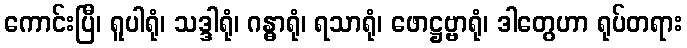
ကောင်းပြီ၊ ရူပါရုံ၊ သဒ္ဒါရုံ၊ ဂန္ဓာရုံ၊ ရသာရုံ၊ ဖောဋ္ဌဗ္ဗာရုံ၊ ဒါတွေဟာ ရုပ်တရား